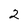
Character: 2